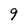
Character: 9